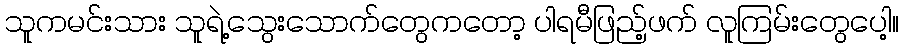
သူကမင်းသား သူရဲ့သွေးသောက်တွေကတော့ ပါရမီဖြည့်ဖက် လူကြမ်းတွေပေါ့။